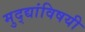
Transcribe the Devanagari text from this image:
मुद्द्यांविषयी